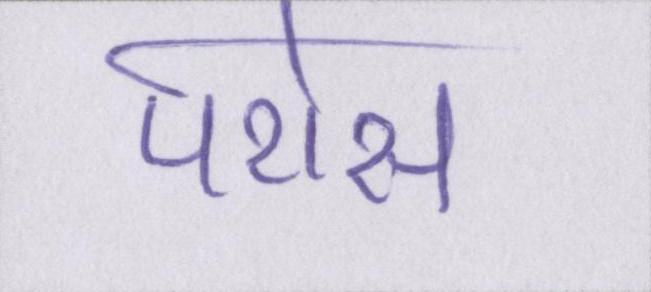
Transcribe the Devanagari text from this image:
परोस